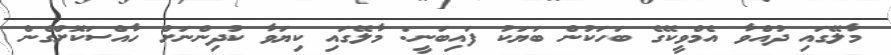
މާލޭގައި ދުއްވާ އެމްވީކޭގެ ބަހަކުން ބަޔަކު ފައިބަނީ: މާލޭގައި ކިޔަވާ ކުދިންނަށް ހާއްސަކޮށްގެން